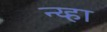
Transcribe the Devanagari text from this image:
न्य्हा